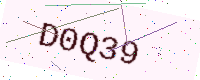
Text: D0Q39